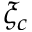
\xi _ { c }